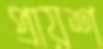
প্রায়শ